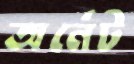
অর্নেট